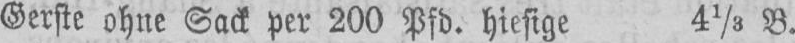
Gerste ohne Sack per 200 Pfd. hiesige 41/5 B.